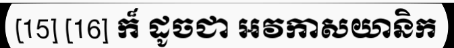
[15] [16] ក៏ ដូចជា អវកាសយានិក